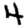
Digit: 4